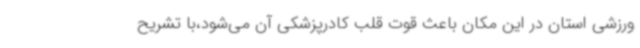
ورزشی استان در این مکان باعث قوت قلب کادرپزشکی آن می‌شود،با تشریح